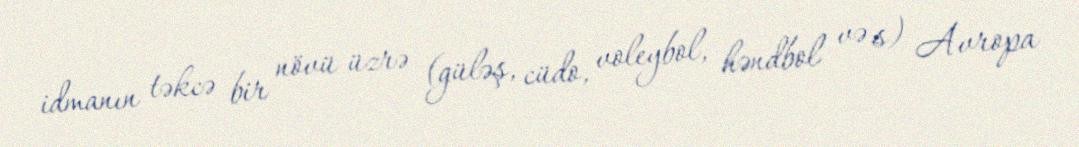
idmanın təkcə bir növü üzrə (güləş, cüdo, voleybol, həndbol və s) Avropa